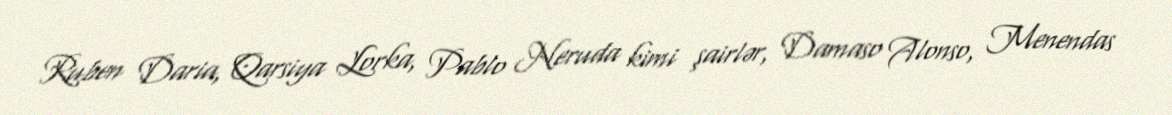
Ruben Daria, Qarsiya Lorka, Pablo Neruda kimi şairlər, Damaso Alonso, Menendas